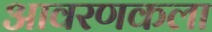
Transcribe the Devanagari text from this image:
आवरणकला